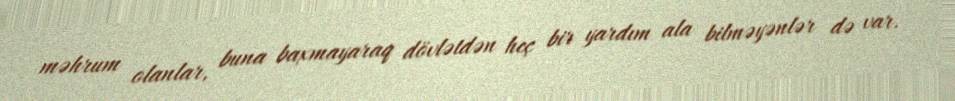
məhrum olanlar, buna baxmayaraq dövlətdən heç bir yardım ala bilməyənlər də var.